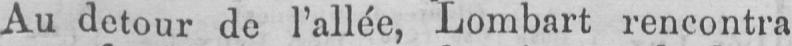
Au detour de l’allée, Lombart rencontra